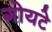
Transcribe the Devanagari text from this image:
गोयटे